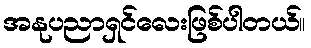
အနုပညာရှင်လေးဖြစ်ပါတယ်။